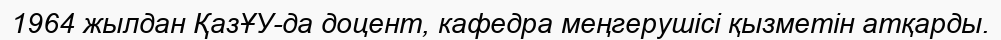
1964 жылдан ҚазҰУ-да доцент, кафедра меңгерушісі қызметін атқарды.